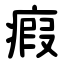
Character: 瘕